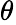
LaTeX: \theta_{}